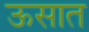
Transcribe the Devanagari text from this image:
ऊसात